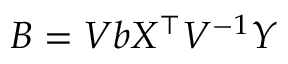
B = V b X ^ { \top } V ^ { - 1 } Y